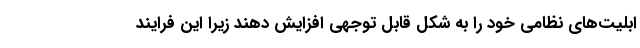
ابلیت‌های نظامی خود را به شکل قابل توجهی افزایش دهند زیرا این فرایند